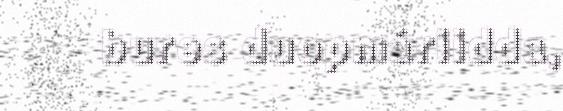
bures duopmáriidda,